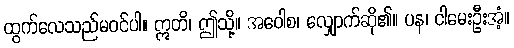
ထွက်လေသည်မဝင်ပါ။ ဣတိ၊ ဤသို့။ အဝေါစ၊ လျှောက်ဆို၏။ ပန၊ ငါမေးဦးအံ့။